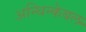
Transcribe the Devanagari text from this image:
अन्थिन्केबल